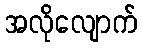
အလိုလျောက်